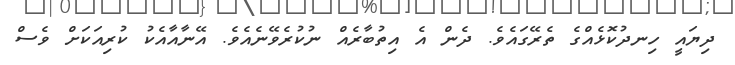
ދިޔައީ ހިނދުކޮޅެއްގެ ތެރޭގައެވެ. ދެން އެ އިތުބާރެއް ނުކުރެވޭނެއެވެ. އޭނާއާއެކު ކުރިއަކަށް ވެސް